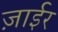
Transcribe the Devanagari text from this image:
ज़ाईर